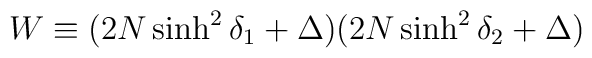
W \equiv (2N\sinh^2\delta_1 +\Delta)(2N\sinh^2\delta_2 +\Delta)